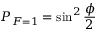
P _ { F = 1 } = \sin ^ { 2 } \frac { \phi } { 2 }